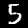
Digit: 5